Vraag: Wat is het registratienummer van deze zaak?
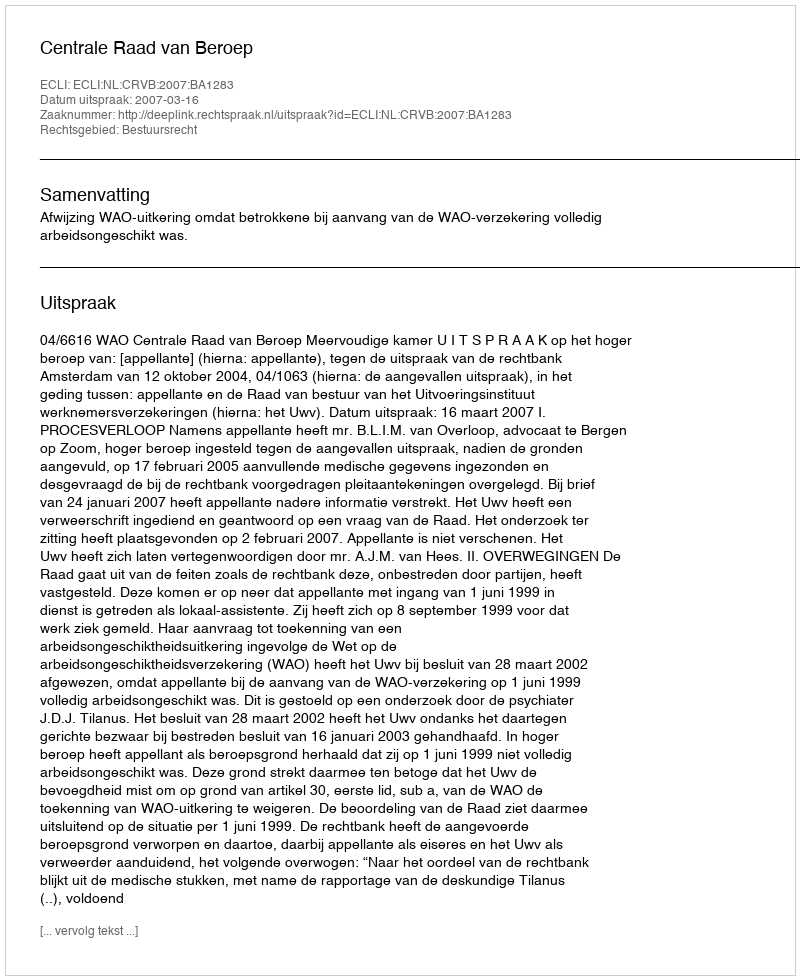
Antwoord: http://deeplink.rechtspraak.nl/uitspraak?id=ECLI:NL:CRVB:2007:BA1283